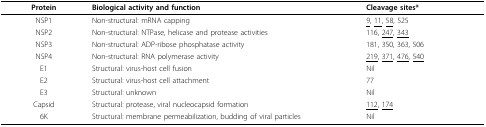
<table><thead><tr><td><b>Protein</b></td><td><b>Biological activity and function</b></td><td><b>Cleavage sites*</b></td></tr></thead><tbody><tr><td>NSP1</td><td>Non-structural: mRNA capping</td><td><underline>9</underline>, <underline>11</underline>, <underline>58</underline>, 525</td></tr><tr><td>NSP2</td><td>Non-structural: NTPase, helicase and protease activities</td><td>116, <underline>247</underline>, <underline>343</underline></td></tr><tr><td>NSP3</td><td>Non-structural: ADP-ribose phosphatase activity</td><td>181, 350, 363, 506</td></tr><tr><td>NSP4</td><td>Non-structural: RNA polymerase activity</td><td><underline>219</underline>, <underline>371</underline>, <underline>476</underline>, <underline>540</underline></td></tr><tr><td>E1</td><td>Structural: virus-host cell fusion</td><td>Nil</td></tr><tr><td>E2</td><td>Structural: virus-host cell attachment</td><td>77</td></tr><tr><td>E3</td><td>Structural: unknown</td><td>Nil</td></tr><tr><td>Capsid</td><td>Structural: protease, viral nucleocapsid formation</td><td><underline>112</underline>, <underline>174</underline></td></tr><tr><td>6K</td><td>Structural: membrane permeabilization, budding of viral particles</td><td>Nil</td></tr></tbody></table>